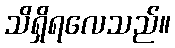
သိရှိရလေသည်။